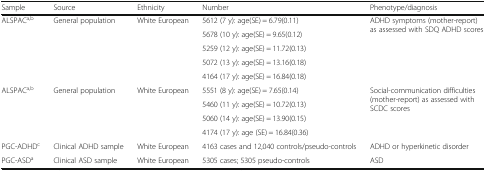
| Sample | Source | Ethnicity | Number | Phenotype/diagnosis |
 | --- | --- | --- | --- | --- |
 | <ROWSPAN=5> ALSPACa,b | <ROWSPAN=5> General population | <ROWSPAN=5> White European | 5612 (7 y): age(SE) = 6.79(0.11) | <ROWSPAN=5> ADHD symptoms (mother-report) as assessed with SDQ ADHD scores |
 | 5678 (10 y): age(SE) = 9.65(0.12) |
 | 5259 (12 y): age(SE) = 11.72(0.13) |
 | 5072 (13 y): age(SE) = 13.16(0.18) |
 | 4164 (17 y): age(SE) = 16.84(0.18) |
 | <ROWSPAN=4> ALSPACa,b | <ROWSPAN=4> General population | <ROWSPAN=4> White European | 5551 (8 y): age(SE) = 7.65(0.14) | <ROWSPAN=4> Social-communication difficulties (mother-report) as assessed with SCDC scores |
 | 5460 (11 y): age(SE) = 10.72(0.13) |
 | 5060 (14 y): age(SE) = 13.90(0.15) |
 | 4174 (17 y): age (SE) = 16.84(0.36) |
 | PGC-ADHDc | Clinical ADHD sample | White European | 4163 cases and 12,040 controls/pseudo-controls | ADHD or hyperkinetic disorder |
 | PGC-ASDa | Clinical ASD sample | White European | 5305 cases; 5305 pseudo-controls | ASD |